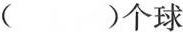
（ ）个球